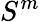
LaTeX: S^{m}